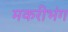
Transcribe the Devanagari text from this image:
मकरीभंग